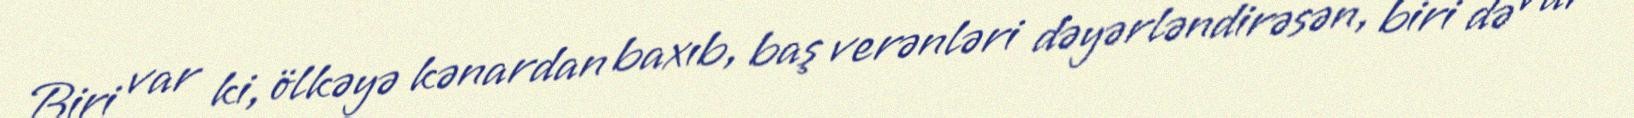
Biri var ki, ölkəyə kənardan baxıb, baş verənləri dəyərləndirəsən, biri də var